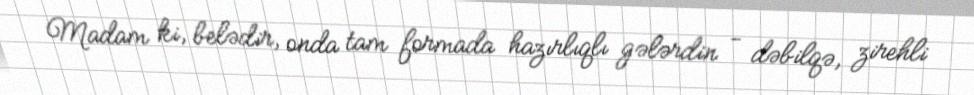
Madam ki, belədir, onda tam formada hazırlıqlı gələrdin - dəbilqə, zirehli